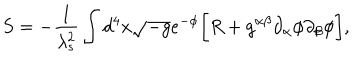
LaTeX: S = - \frac { 1 } { \lambda _ { s } ^ { 2 } } \int d ^ { 4 } x \sqrt { - g } e ^ { - \phi } \biggl [ R + g ^ { \alpha \beta } \partial _ { \alpha } \phi \partial _ { \beta } \phi \biggr ] ,